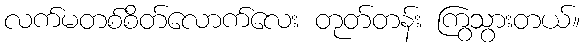
လက်မတစ်စိတ်လောက်လေး တုတ်တန်း ကြွသွားတယ်။